Civil Veterinary Department. Central Provinces & Berar 1925-31 - 1925-1931
Year: 1925
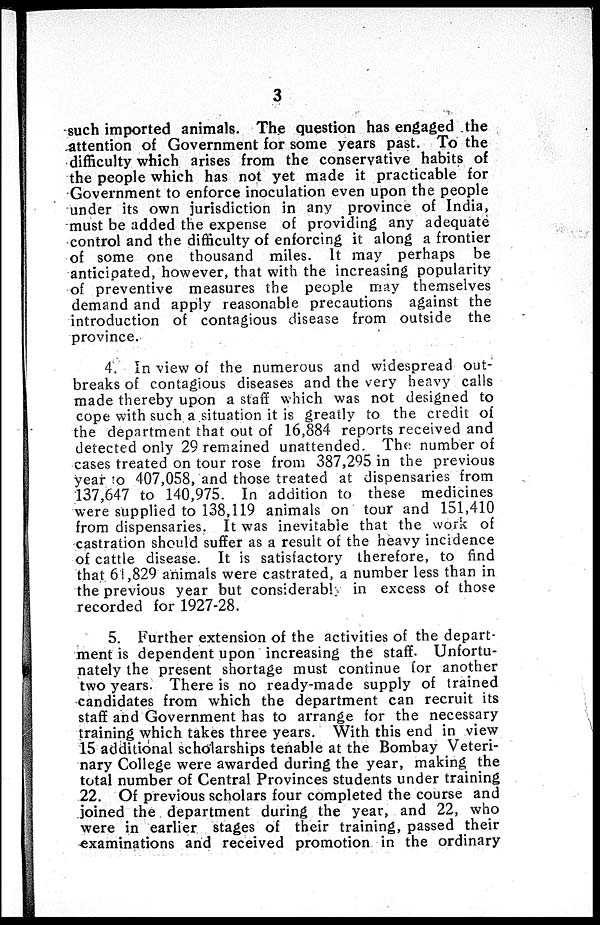
3
such imported animals. The question has engaged the
attention of Government for some years past. To the
difficulty which arises from the conservative habits of
the people which has not yet made it practicable for
Government to enforce inoculation even upon the people
under its own jurisdiction in any province of India,
must be added the expense of providing any adequate
control and the difficulty of enforcing it along a frontier
of some one thousand miles. It may perhaps be
anticipated, however, that with the increasing popularity
of preventive measures the people may themselves
demand and apply reasonable precautions against the
introduction of contagious disease from outside the
province.
4. In view of the numerous and widespread out-
breaks of contagious diseases and the very heavy calls
made thereby upon a staff which was not designed to
cope with such a situation it is greatly to the credit of
the department that out of 16,884 reports received and
detected only 29 remained unattended. The number of
cases treated on tour rose from 387,295 in the previous
year to 407,058, and those treated at dispensaries from
137,647 to 140,975. In addition to these medicines
were supplied to 138,119 animals on tour and 151,410
from dispensaries. It was inevitable that the work of
castration should suffer as a result of the heavy incidence
of cattle disease. It is satisfactory therefore, to find
that 61,829 animals were castrated, a number less than in
the previous year but considerabl in excess of those
recorded for 1927-28.
5. Further extension of the activities of the depart-
ment is dependent upon increasing the staff. Unfortu-
nately the present shortage must continue for another
two years. There is no ready-made supply of trained
candidates from which the department can recruit its
staff and Government has to arrange for the necessary
training which takes three years. With this end in view
15 additional scholarships tenable at the Bombay Veteri-
nary College were awarded during the year, making the
total number of Central Provinces students under training
22. Of previous scholars four completed the course and
joined the department during the year, and 22, who
were in earlier stages of their training, passed their
examinations and received promotion in the ordinary